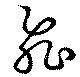
飛